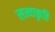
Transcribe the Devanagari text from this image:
सत्याकृति